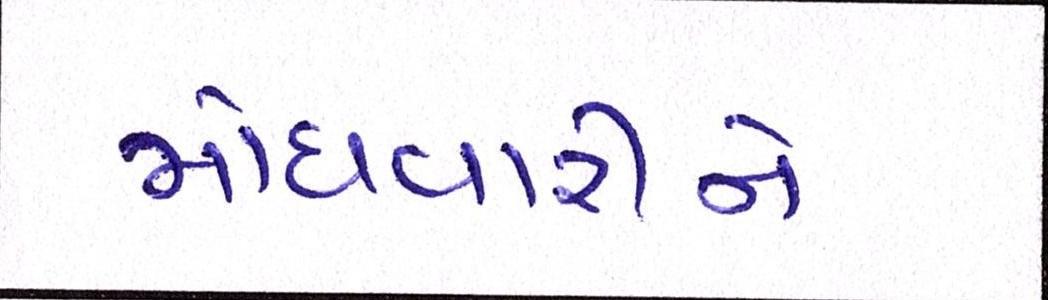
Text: મોંઘવારીને